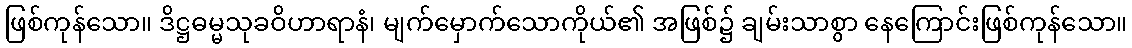
ဖြစ်ကုန်သော။ ဒိဋ္ဌဓမ္မသုခဝိဟာရာနံ၊ မျက်မှောက်သောကိုယ်၏ အဖြစ်၌ ချမ်းသာစွာ နေကြောင်းဖြစ်ကုန်သော။